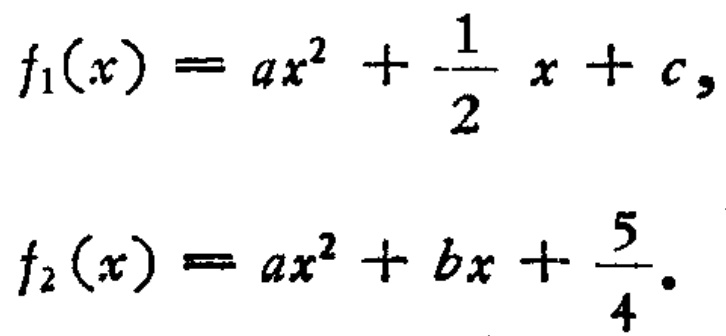
\[

f_1(x)=ax^{2}+\frac{1}{2}x + c,

\]

\[

f_2(x)=ax^{2}+bx+\frac{5}{4}.

\]